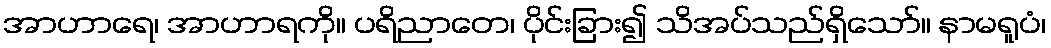
အာဟာရေ၊ အာဟာရကို။ ပရိညာတေ၊ ပိုင်းခြား၍ သိအပ်သည်ရှိသော်။ နာမရူပံ၊